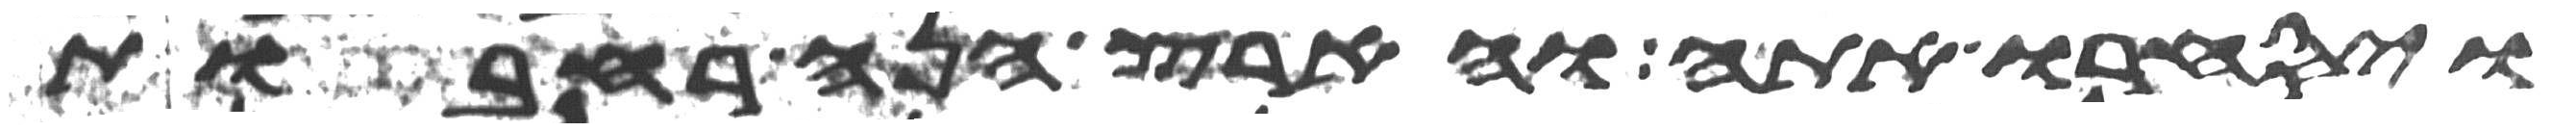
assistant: ויסחרו אתה והארץ הנה רחבות